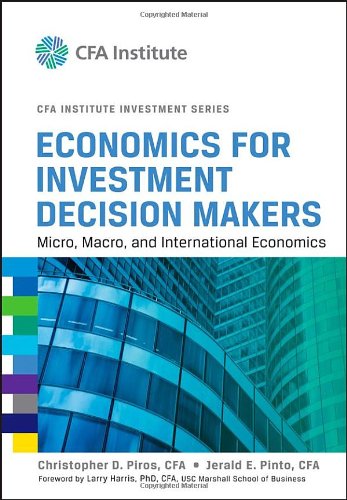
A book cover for Economics for Investment Decision Makers: Micro, Macro, and International Economics; Christopher D. Piros CFA; Business & Money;